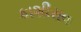
કાશીરાવ